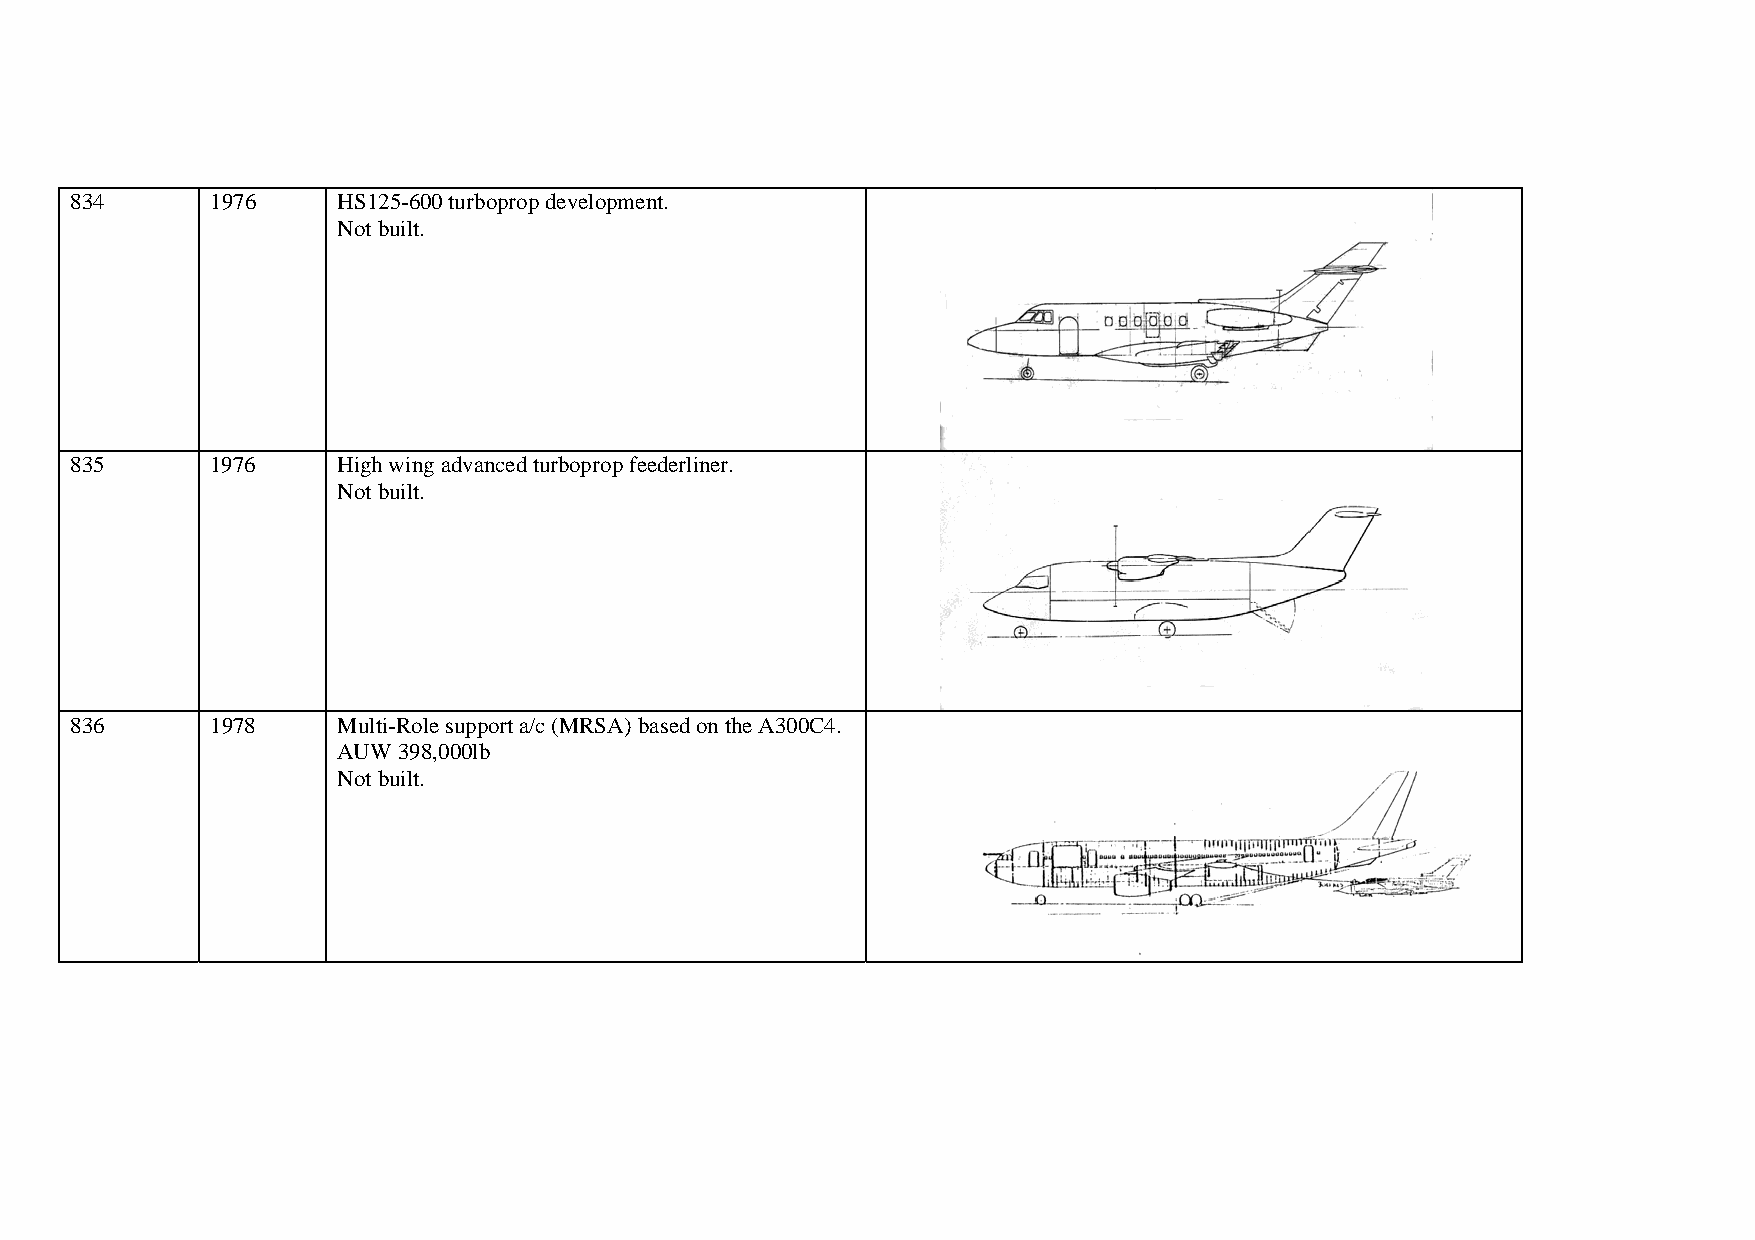
834      1976    HS125-600 turboprop development.
 Not built.
 835      1976    High wing advanced turboprop feederliner.
 Not built.
 836      1978    Multi-Role support a/c (MRSA) based on the A300C4.
 AUW 398,000lb
 Not built.